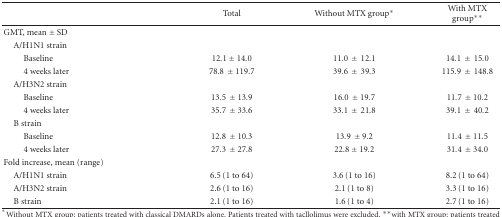
<table><thead><tr><td></td><td><b>Total</b></td><td><b>Without MTX group*</b></td><td><b>With MTX group**</b></td></tr></thead><tbody><tr><td>GMT, mean ± SD</td><td></td><td></td><td></td></tr><tr><td> A/H1N1 strain</td><td></td><td></td><td></td></tr><tr><td>Baseline</td><td>12.1 ± 14.0</td><td>11.0 ± 12.1</td><td>14.1 ± 15.0</td></tr><tr><td>4 weeks later</td><td>78.8 ±119.7</td><td>39.6 ± 39.3</td><td>115.9 ± 148.8</td></tr><tr><td> A/H3N2 strain</td><td></td><td></td><td></td></tr><tr><td>Baseline</td><td>13.5 ±13.9</td><td>16.0 ±19.7</td><td>11.7 ±10.2</td></tr><tr><td>4 weeks later</td><td>35.7 ±33.6</td><td>33.1 ± 21.8</td><td>39.1 ± 40.2</td></tr><tr><td> B strain</td><td></td><td></td><td></td></tr><tr><td>Baseline</td><td>12.8 ±10.3</td><td>13.9 ±9.2</td><td>11.4 ±11.5</td></tr><tr><td>4 weeks later</td><td>27.3 ±27.8</td><td>22.8 ± 19.2</td><td>31.4 ±34.0</td></tr><tr><td>Fold increase, mean (range)</td><td></td><td></td><td></td></tr><tr><td> A/H1N1 strain</td><td>6.5 (1 to 64)</td><td>3.6 (1 to 16)</td><td>8.2 (1 to 64)</td></tr><tr><td> A/H3N2 strain</td><td>2.6 (1 to 16)</td><td>2.1 (1 to 8)</td><td>3.3 (1 to 16)</td></tr><tr><td> B strain</td><td>2.1 (1 to 16)</td><td>1.6 (1 to 4)</td><td>2.7 (1 to 16)</td></tr></tbody></table>